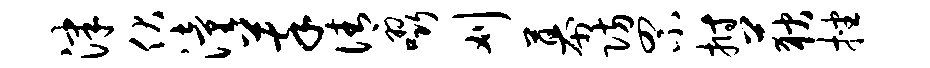
津伏潼萃倩啜刈幕防罘拊荻挫